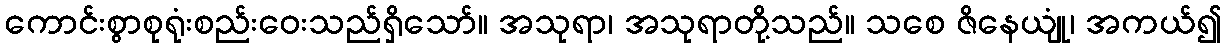
ကောင်းစွာစုရုံးစည်းဝေးသည်ရှိသော်။ အသုရာ၊ အသုရာတို့သည်။ သစေ ဇိနေယျုံ၊ အကယ်၍